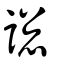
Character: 謥